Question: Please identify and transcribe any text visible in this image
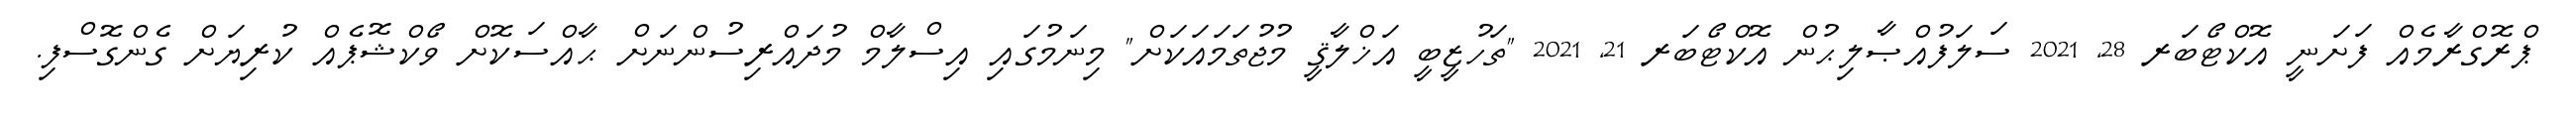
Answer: ޕްރޮގްރާމެއް ފަށަނީ އޮކްޓޯބަރ 28, 2021 ސަލަފުއްޞާލިޙުން އޮކްޓޯބަރ 21, 2021 "ތަހުޒީބީ އަޚްލާޤީ މުޖުތަމައަކަށް" މިނަމުގައި އިސްލާމް މުދައްރިސުންނަށް ޙާއްސަކޮށް ވޯކްޝޮޕެއް ކުރިޔަށް ގެންގޮސްފި.